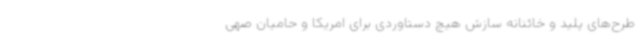
طرح‌های پلید و خائنانه سازش هیچ دستاوردی برای امریکا و حامیان صهی